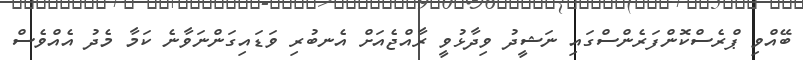
ބޭއްވި ޕްރެސްކޮންފަރެންސްގައި ނަޝީދު ވިދާޅުވީ ރާއްޖެއަށް އެނބުރި ވަޑައިގަންނަވާނެ ކަމާ މެދު އެއްވެސް